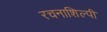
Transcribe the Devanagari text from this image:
रचनाशिल्पी